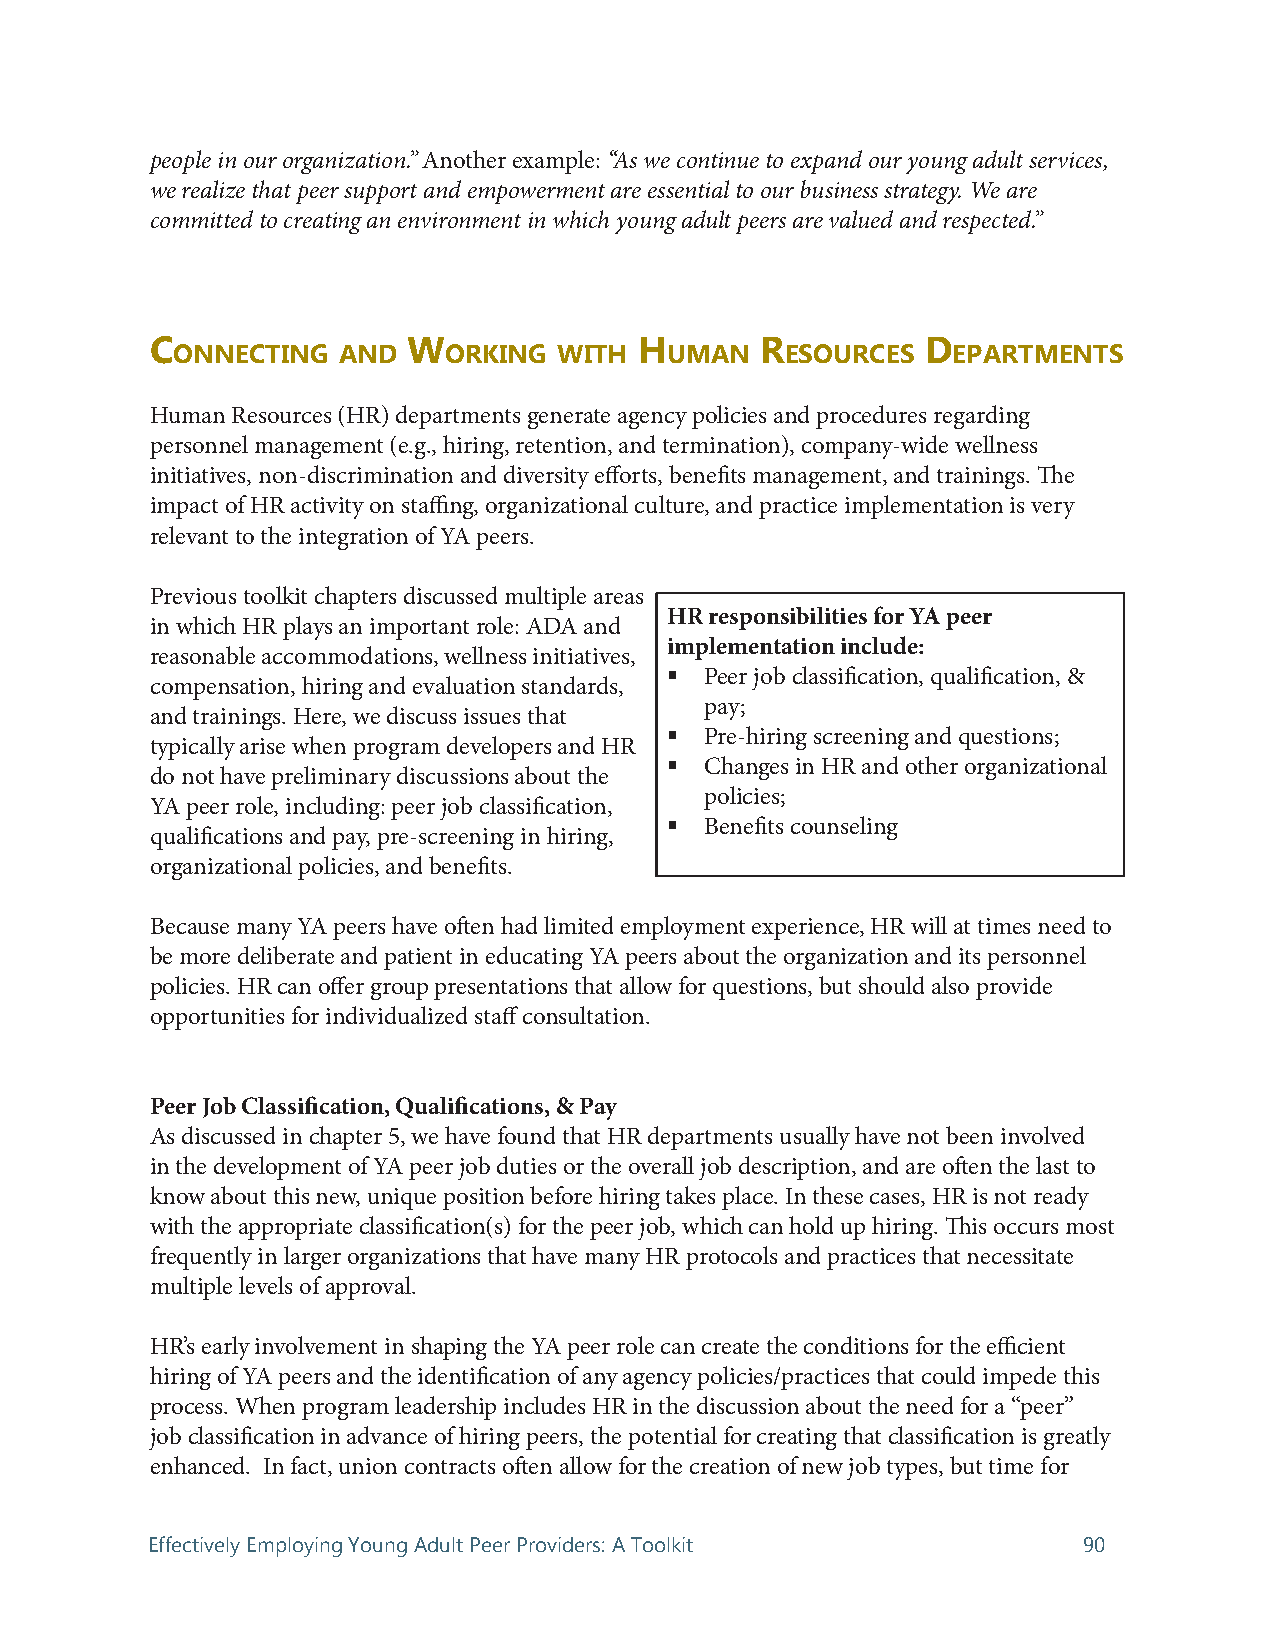
people in our organization.” Another example: “As we continue to expand our young adult services,
 we realize that peer support and empowerment are essential to our business strategy. We are
 committed to creating an environment in which young adult peers are valued and respected.”
 C                w              h       r          d
 onneCting  And    orking  with   uMAn    esourCes   ePArtMents
 Human Resources (HR) departments generate agency policies and procedures regarding
 personnel management (e.g., hiring, retention, and termination), company-wide wellness
 initiatives, non-discrimination and diversity efforts, benefits management, and trainings. The
 impact of HR activity on staffing, organizational culture, and practice implementation is very
 relevant to the integration of YA peers.
 Previous toolkit chapters discussed multiple areas
 HR responsibilities for YA peer
 in which HR plays an important role: ADA and
 implementation include:
 reasonable accommodations, wellness initiatives,
   Peer job classification, qualification, &
 compensation, hiring and evaluation standards,
 pay;
 and trainings. Here, we discuss issues that
   Pre-hiring screening and questions;
 typically arise when program developers and HR
   Changes in HR and other organizational
 do not have preliminary discussions about the
 policies;
 YA peer role, including: peer job classification,
   Benefits counseling
 qualifications and pay, pre-screening in hiring,
 organizational policies, and benefits.
 Because many YA peers have often had limited employment experience, HR will at times need to
 be more deliberate and patient in educating YA peers about the organization and its personnel
 policies. HR can offer group presentations that allow for questions, but should also provide
 opportunities for individualized staff consultation.
 Peer Job Classification, Qualifications, & Pay
 As discussed in chapter 5, we have found that HR departments usually have not been involved
 in the development of YA peer job duties or the overall job description, and are often the last to
 know about this new, unique position before hiring takes place. In these cases, HR is not ready
 with the appropriate classification(s) for the peer job, which can hold up hiring. This occurs most
 frequently in larger organizations that have many HR protocols and practices that necessitate
 multiple levels of approval.
 HR’s early involvement in shaping the YA peer role can create the conditions for the efficient
 hiring of YA peers and the identification of any agency policies/practices that could impede this
 process. When program leadership includes HR in the discussion about the need for a “peer”
 job classification in advance of hiring peers, the potential for creating that classification is greatly
 enhanced. In fact, union contracts often allow for the creation of new job types, but time for
 Effectively Employing Young Adult Peer Providers: A Toolkit   90